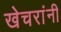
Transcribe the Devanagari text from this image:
खेचरांनी